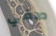
صفي